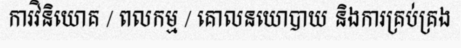
ការវិនិយោគ / ពលកម្ម / គោលនយោបាយ និងការគ្រប់គ្រង